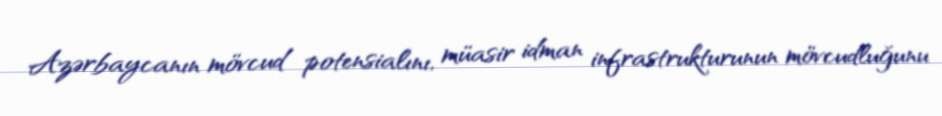
Azərbaycanın mövcud potensialını, müasir idman infrastrukturunun mövcudluğunu